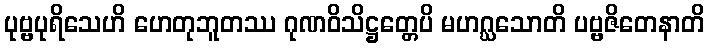
ပုဗ္ဗပုရိသေဟိ ဟေတုဘူတဿ ဂုဏဝိသိဋ္ဌတ္တေပိ မဟဂ္ဃသောတိ ပဗ္ဗဇိတေနာတိ